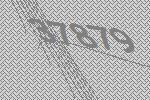
37879